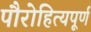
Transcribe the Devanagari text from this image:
पौरोहित्यपूर्ण